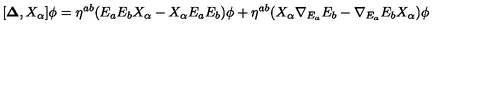
[ { \bf \Delta } , X _ { \alpha } ] \phi = { \eta } ^ { a b } ( E _ { a } E _ { b } X _ { \alpha } - X _ { \alpha } E _ { a } E _ { b } ) \phi + { \eta } ^ { a b } ( X _ { \alpha } { \nabla _ { E _ { a } } } E _ { b } - { \nabla _ { E _ { a } } } E _ { b } X _ { \alpha } ) \phi